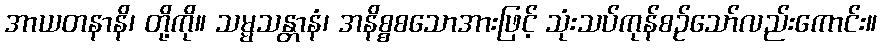
အာယတနာနိ၊ တို့ကို။ သမ္မသန္တာနံ၊ အနိစ္စစသောအားဖြင့် သုံးသပ်ကုန်စဉ်သော်လည်းကောင်း။